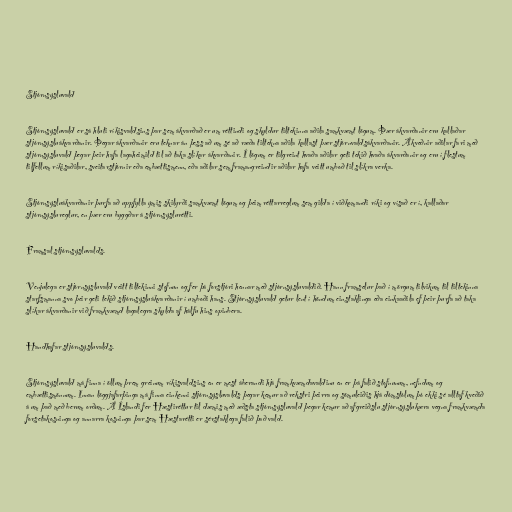
Stjórnsýsluvald

Stjórnsýsluvald er sá hluti ríkisvaldsins þar sem ákvarðað er um réttindi og skyldur tiltekinna aðila samkvæmt lögum. Þær ákvarðanir eru kallaðar
stjórnsýsluákvarðanir. Þegar ákvarðanir eru teknar án þess að um sé að ræða tiltekna aðila kallast þær stjórnvaldsákvarðanir. Ákveðnir aðilar fari með
stjórnsýsluvald þegar þeir hafa lagaheimild til að taka slíkar ákvarðanir. Í lögum er tilgreint hvaða aðilar geti tekið hvaða ákvarðanir og eru í flestum
tilfellum ríkisaðilar, sveitarstjórnir eða embættismenn, eða aðilar sem framangreindir aðilar hafa veitt umboð til slíkra verka.

Stjórnsýsluákvarðanir þurfa að uppfylla ýmis skilyrði samkvæmt lögum og þeim réttarreglum sem gilda í viðkomandi ríki og vísað er í, kallaðar
stjórnsýslureglur, en þær eru byggðar á stjórnsýslurétti.

Framsal stjórnsýsluvalds.

Venjulega er stjórnsýsluvald veitt tiltekinni stofnun og fer þá forstjóri hennar með stjórnsýsluvaldið. Hann framselur það í mörgum tilvikum til tiltekinna
starfsmanna svo þeir geti tekið stjórnsýsluákvarðanir í umboði hans. Stjórnsýsluvald getur lent í höndum einstaklinga eða einkaaðila ef þeir þurfa að taka
slíkar ákvarðanir við framkvæmd lagalegra skylda af hálfu hins opinbera.

Handhafar stjórnsýsluvalds.

Stjórnsýsluvald má finna í öllum þrem greinum ríkisvaldsins en er mest áberandi hjá framkvæmdavaldinu en er þá falið stofnunum, nefndum og
embættismönnum. Innan löggjafarþinga má finna einkenni stjórnsýsluvalds þegar kemur að rekstri þeirra og sömuleiðis hjá dómstólum þó ekki sé alltaf kveðið
á um það með berum orðum. Á Íslandi fer Hæstiréttur til dæmis með æðsta stjórnsýsluvald þegar kemur að afgreiðslu stjórnsýslukæra vegna framkvæmda
forsetakosninga og annarra kosninga þar sem Hæstarétti er sérstaklega falið það vald.